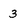
Character: 3